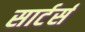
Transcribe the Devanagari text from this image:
सार्टर्स